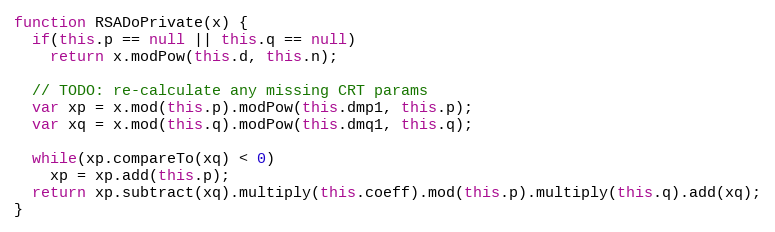
Language: JavaScript
function RSADoPrivate(x) {
  if(this.p == null || this.q == null)
    return x.modPow(this.d, this.n);

  // TODO: re-calculate any missing CRT params
  var xp = x.mod(this.p).modPow(this.dmp1, this.p);
  var xq = x.mod(this.q).modPow(this.dmq1, this.q);

  while(xp.compareTo(xq) < 0)
    xp = xp.add(this.p);
  return xp.subtract(xq).multiply(this.coeff).mod(this.p).multiply(this.q).add(xq);
}